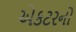
એકટરનો